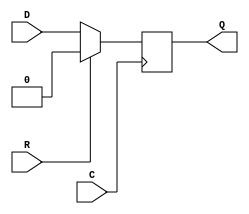
// $Header: /devl/xcs/repo/env/Databases/CAEInterfaces/xec_libs/data/unisims/FDR.v,v 1.1 2005/05/10 01:20:03 wloo Exp $

/*

FUNCTION	: D-FLIP-FLOP with sync reset

*/

`celldefine
`timescale  100 ps / 10 ps

module FDR (Q, C, D, R);

    parameter INIT = 1'b0;

    output Q;
    reg    Q;

    input  C, D, R;

	always @(posedge C)
	    if (R)
		Q <= 0;
	    else
		Q <= D;

endmodule